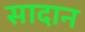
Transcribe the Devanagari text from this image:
सादान